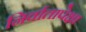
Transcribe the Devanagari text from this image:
निर्वातापेक्षा